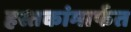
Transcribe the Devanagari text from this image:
हस्तकांमार्फत